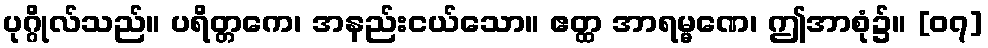
ပုဂ္ဂိုလ်သည်။ ပရိတ္တကေ၊ အနည်းငယ်သော။ ဧတ္ထ အာရမ္မဏေ၊ ဤအာစုံ၌။ [၀၇]